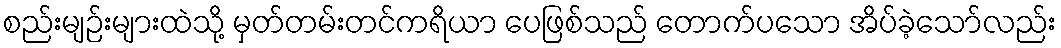
စည်းမျဉ်းများထဲသို့ မှတ်တမ်းတင်ကရိယာ ပေဖြစ်သည် တောက်ပသော အိပ်ခဲ့သော်လည်း